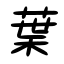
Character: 葉